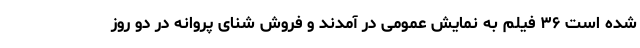
شده است ۳۶ فیلم به نمایش عمومی در آمدند و فروش شنای پروانه در دو روز